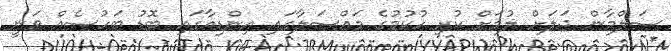
ސަލްމާން ޖަލަށް ލުމަށް ކުރި ހުކުމުގެ މައްސަލާގައި އިންޑިއާގައި ބޮޑު ބަހުސެއް ވަނީ